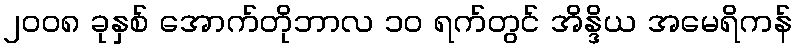
၂၀၀၈ ခုနှစ် အောက်တိုဘာလ ၁၀ ရက်တွင် အိန္ဒိယ အမေရိကန်